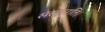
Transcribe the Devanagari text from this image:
संस्कृरति।